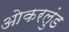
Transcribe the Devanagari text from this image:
ओकरलुंड